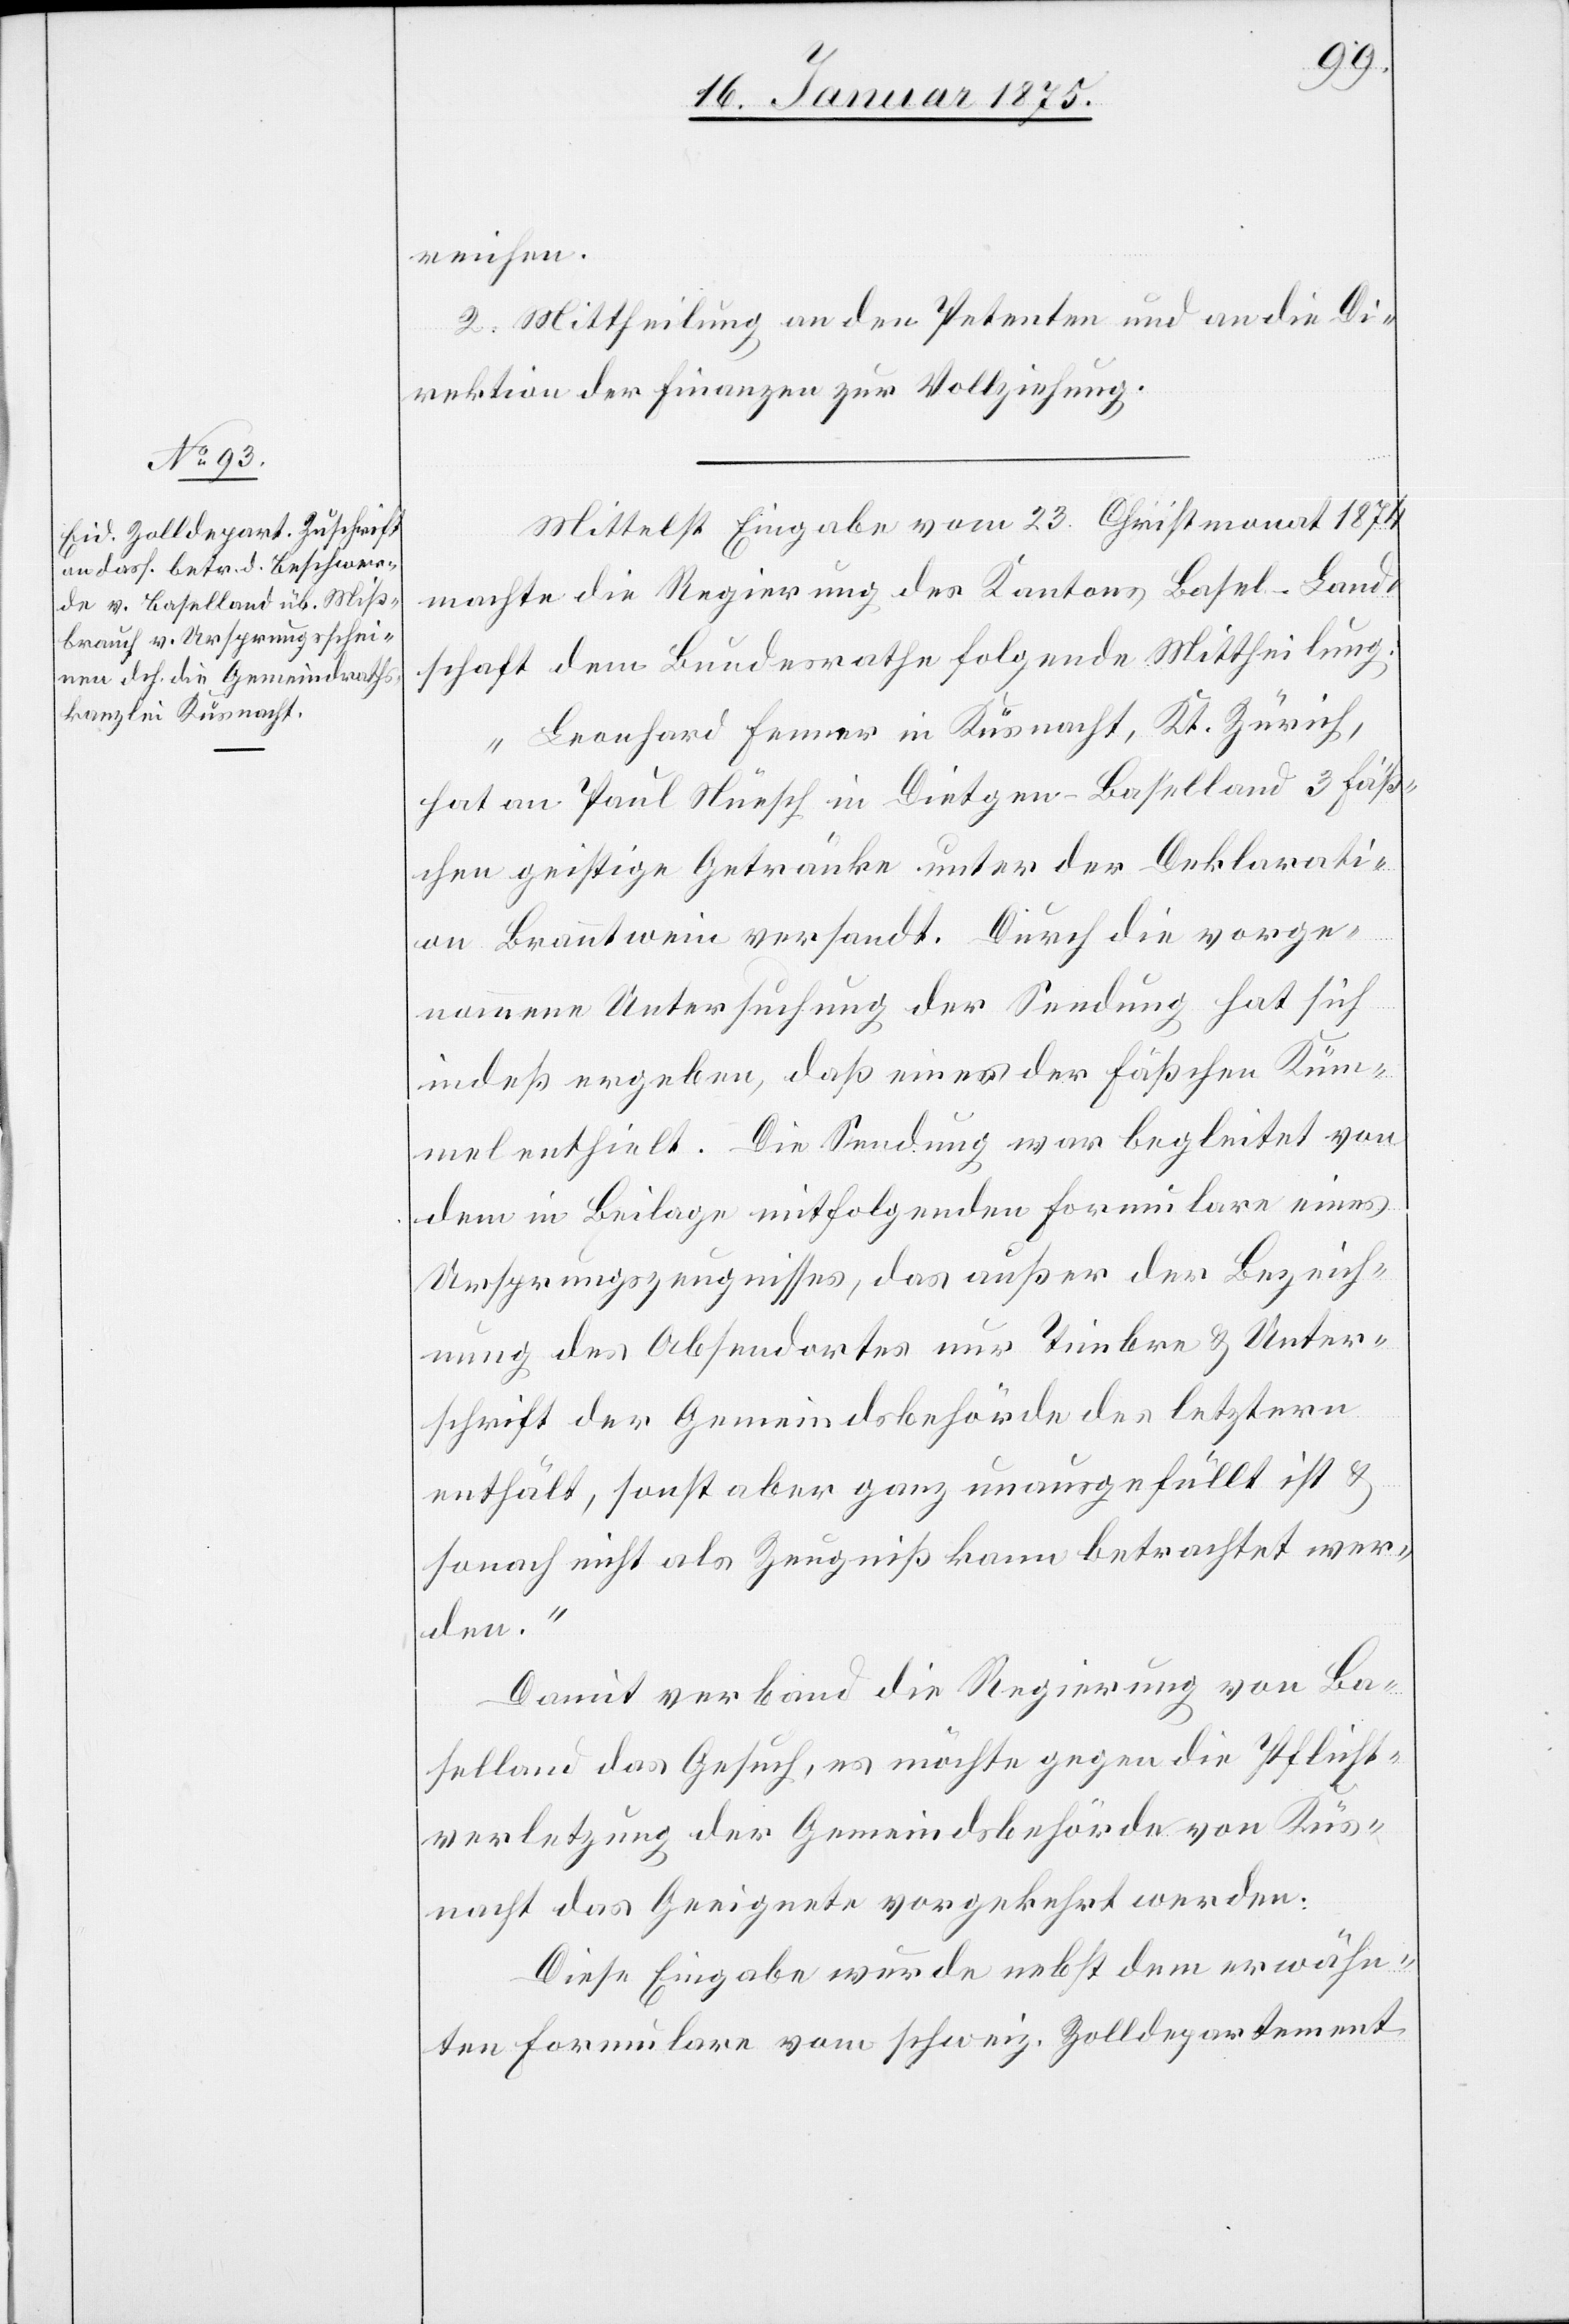
reichen.
2. Mittheilung an den Petenten und an die Di¬
rektion der Finanzen zur Vollziehung.
Mittelst Eingabe vom 23. Christmonat 1874
machte die Regierung des Kantons Basel-Land¬
schaft dem Bundesrathe folgende Mittheilung:
„Leonhard Fenner in Küsnacht, Kt. Zürich,
hat an Paul Nürsch in Dietgen-Baselland 3 Fäß¬
chen geistige Getränke unter der Deklarati¬
on Branntwein versandt. Durch die vorge¬
nommene Untersuchung der Sendung hat sich
indeß ergeben, daß eines der Fäßchen Küm¬
mel enthielt. Die Sendung war begleitet von
dem in Beilage mitfolgenden Formulare eines
Ursprungszeugnisses, das außer der Bezeich¬
nung des Absenderortes nur Timbre & Unter¬
schrift der Gemeindsbehörde des letztern
enthält, sonst aber ganz unausgefällt ist &
sonach nicht als Zeugniß kann betrachtet wer¬
den.“
Damit verband die Regierung von Ba¬
selland das Gesuch, es möchte gegen die Pflicht¬
verletzung der Gemeindsbehörde von Küs¬
nacht das Geeignete vorgekehrt werden.
Diese Eingabe wurde nebst dem erwähn¬
ten Formulare vom schweiz. Zolldepartement